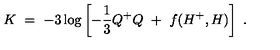
K \ = \ - 3 \log \left[ - \frac { 1 } { 3 } Q ^ { + } Q \ + \ f ( H ^ { + } , H ) \right] \ .